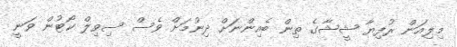
މިލިއަން ރުފިޔާ ޝީޝާގެ ތިން ބެއިންނަށް ދިނުމަށް ވެސް ސިވިލް ކޯޓުން ވަނީ